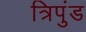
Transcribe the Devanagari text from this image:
त्रिपुंड